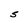
Character: S